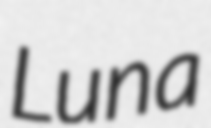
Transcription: Luna